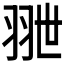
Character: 𦐕